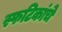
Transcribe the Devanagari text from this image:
स्फटिकांचे